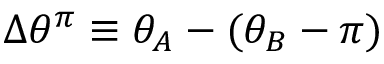
\Delta \theta ^ { \pi } \equiv \theta _ { A } - ( \theta _ { B } - \pi )